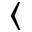
\langle